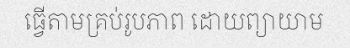
ធ្វើតាមគ្រប់រូបភាព ដោយព្យាយាម